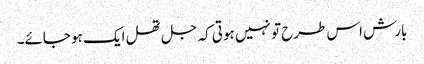
بارش اس طرح تو نہیں ہوتی کہ جل تھل ایک ہو جائے۔